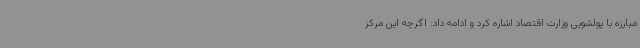
مبارزه با پولشویی وزارت اقتصاد اشاره کرد و ادامه داد: اگرچه این مرکز